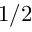
1 / 2